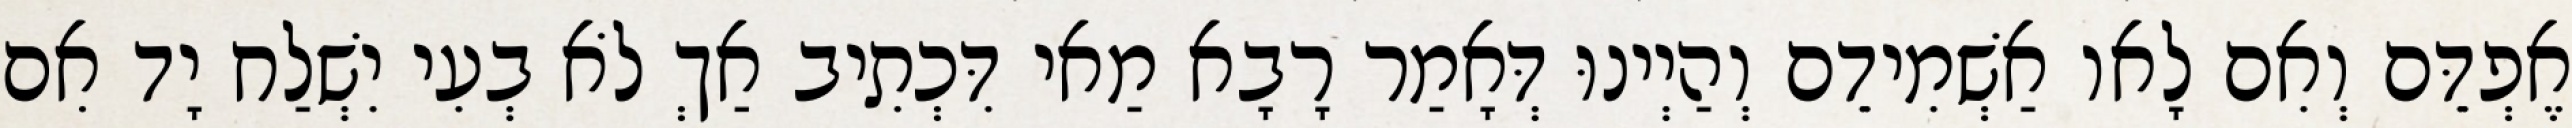
אֶפְדֵּם וְאִם לָאו אַשְׁמִידֵם וְהַיְינוּ דְּאָמַר רָבָא מַאי דִּכְתִיב אַךְ לֹא בְעִי יִשְׁלַח יָד אִם